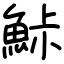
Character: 鮛